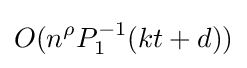
O(n^{\rho }P_{1}^{-1}(kt+d))